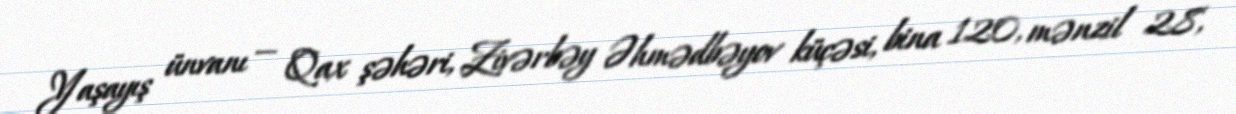
Yaşayış ünvanı — Qax şəhəri, Zivərbəy Əhmədbəyov küçəsi, bina 120, mənzil 28,